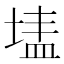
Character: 𭎷